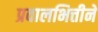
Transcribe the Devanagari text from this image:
प्रवालभित्तीने